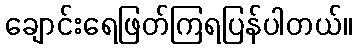
ချောင်းရေဖြတ်ကြရပြန်ပါတယ်။